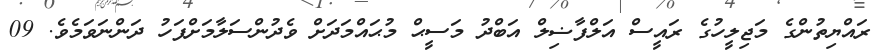
ރައްޔިތުންގެ މަޖިލީހުގެ ރައީސް އަލްފާޟިލް އަބްދު މަސީޙް މުޙައްމަދަށް ވެދުންސަލާމަށްފަހު ދަންނަވަމެވެ. 09